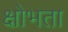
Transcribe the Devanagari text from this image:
क्षोभता